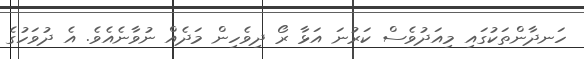
ހަނދާންތަކުގައި މިއަދުވެސް ކަރުނަ އަޅާ ރޯ ދިވެހިން މަދެއް ނުވާނެއެވެ. އެ ދުވަހުގެ